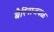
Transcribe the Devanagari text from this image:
बैरिनाजवळ